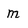
Character: m